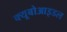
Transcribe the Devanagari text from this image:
क्यूबोआइडल